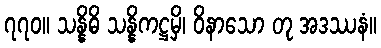
၇၇၀။ သန္နိဓိ သန္နိကဋ္ဌမှိ၊ ဝိနာသော တု အဒဿနံ။